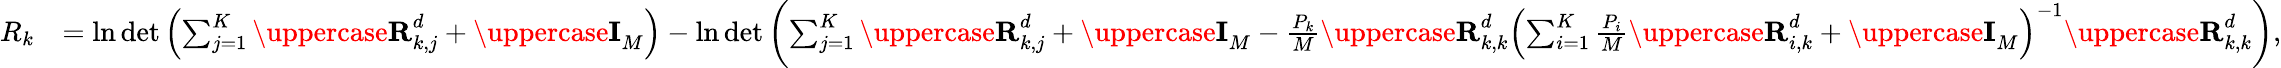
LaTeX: \begin{array}{rl}{R_{k}}&{=\ln\operatorname*{det}\left(\sum_{j=1}^{K}{\uppercase{\mathbf{R}}}_{k,j}^{d}+{\uppercase{\mathbf{I}}}_{M}\right)-\ln\operatorname*{det}\left(\sum_{j=1}^{K}{\uppercase{\mathbf{R}}}_{k,j}^{d}+{\uppercase{\mathbf{I}}}_{M}-{\frac{P_{k}}{M}}{\uppercase{\mathbf{R}}}_{k,k}^{d}\left(\sum_{i=1}^{K}{\frac{P_{i}}{M}}{\uppercase{\mathbf{R}}}_{i,k}^{d}+{\uppercase{\mathbf{I}}}_{M}\right)^{-1}{\uppercase{\mathbf{R}}}_{k,k}^{d}\right),}\end{array}